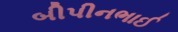
બીપીનભાઈ